Civil Veterinary Department Bihar reports 1936-40 - 1936-1940
Year: 1936
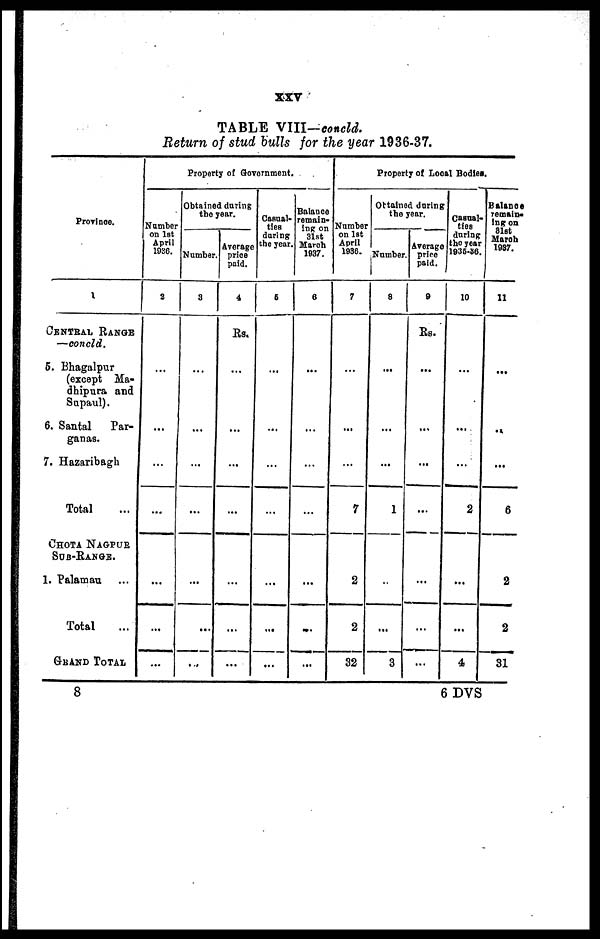
XXV
TABLE VIII—concld.
Return of stud bulls for the year 1936-37.
Province.
1
Central Range
—concld.
5. Bhagalpur
(except Ma-
dhipura and
Supaul).
6. Santal
Par-
ganas.
7. Hazaribagh
Total …
Chota Nagpur
Sob-Range.
1. Palamau ...
Total …
Grand Total
Property of Government.
Number
on 1st
April
1036.
2
…
...
…
...
...
...
...
Obtained during
the year.
Number
3
…
…
...
...
...
...
...
Average
price
paid.
4
Rs.
…
…
…
...
...
...
...
Casual-
ties
during
the year
6
…
…
...
...
...
...
...
Balance
remain-
ing on
31st
March
1937.
8
…
…
...
...
...
...
...
Property of Local Bodies.
Number
on 1st
April
1936.
7
…
…
...
7
2
2
32
Obtained during
the year.
Number
8
...
…
...
1
…
...
3
Average
price
paid.
9
Rs.
...
...
...
...
...
...
...
Casual-
ties
during
the year
1935-36.
10
…
...
...
2
...
...
4
Balance
remain-
ing on
81st
1987.
11
…
…
...
6
2
2
31
8
6 DVS